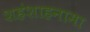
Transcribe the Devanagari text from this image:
शहंशाहनामा